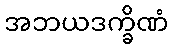
အဘယဒက္ခိဏံ